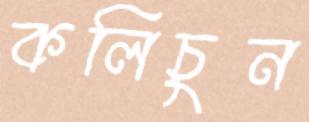
কলিচুন